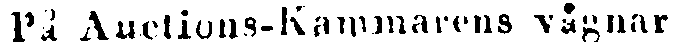
På Auctions-Kammarens vägnar